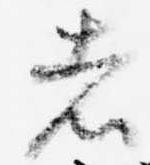
者